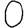
Digit: 0